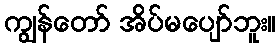
ကျွန်တော် အိပ်မပျော်ဘူး။